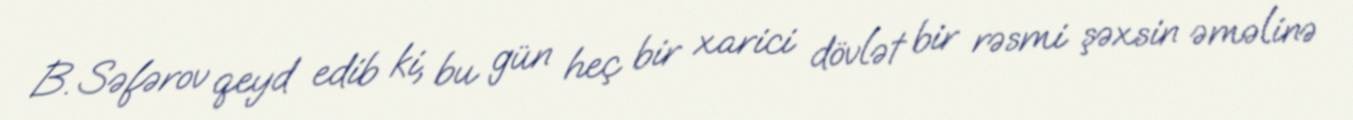
B. Səfərov qeyd edib ki, bu gün heç bir xarici dövlət bir rəsmi şəxsin əməlinə